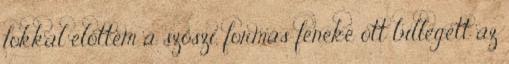
fokkal előttem a szöszi, formás feneke ott billegett az